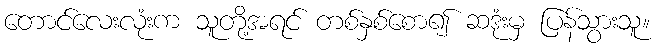
တောင်လေးလုံးက သူတို့အရင် တစ်နှစ်စော၍ ဆဒုံးမှ ပြန်သွားသူ။